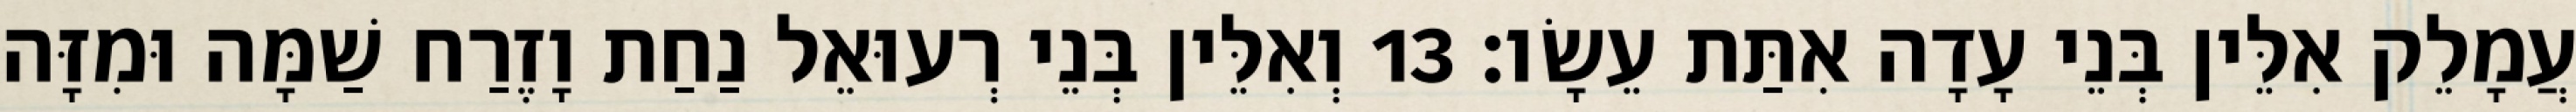
עֲמָלֵק אִלֵּין בְּנֵי עָדָה אִתַּת עֵשָׂו׃ 13 וְאִלֵּין בְּנֵי רְעוּאֵל נַחַת וָזֶרַח שַׁמָּה וּמִזָּה